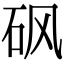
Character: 砜